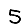
Digit: 5